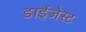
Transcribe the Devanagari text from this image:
डाईजेस्ट